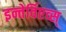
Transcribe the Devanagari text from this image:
इन्तेर्विएव्स्